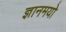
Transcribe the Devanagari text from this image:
ज्ञानमयो